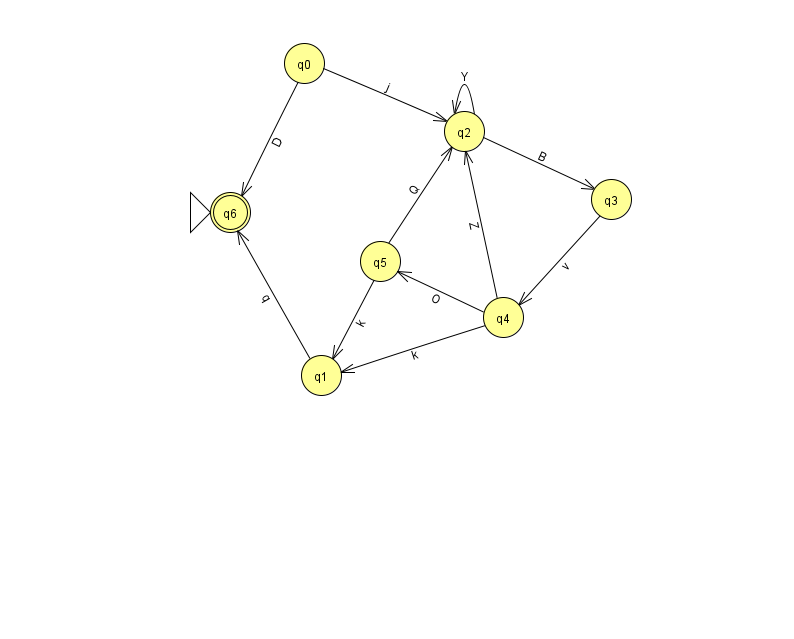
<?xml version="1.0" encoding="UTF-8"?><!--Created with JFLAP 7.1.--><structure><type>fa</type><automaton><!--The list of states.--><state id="0" name="q0"><x>304.0</x><y>50.0</y></state><state id="1" name="q1"><x>321.0</x><y>362.0</y></state><state id="2" name="q2"><x>464.0</x><y>118.0</y></state><state id="3" name="q3"><x>611.0</x><y>186.0</y></state><state id="4" name="q4"><x>503.0</x><y>304.0</y></state><state id="5" name="q5"><x>380.0</x><y>248.0</y></state><state id="6" name="q6"><x>230.0</x><y>199.0</y><initial/><final/></state><!--The list of transitions.--><transition><from>2</from><to>3</to><read>B</read></transition><transition><from>3</from><to>4</to><read>v</read></transition><transition><from>5</from><to>1</to><read>k</read></transition><transition><from>4</from><to>5</to><read>O</read></transition><transition><from>0</from><to>6</to><read>D</read></transition><transition><from>1</from><to>6</to><read>q</read></transition><transition><from>2</from><to>2</to><read>Y</read></transition><transition><from>0</from><to>2</to><read>j</read></transition><transition><from>4</from><to>1</to><read>k</read></transition><transition><from>4</from><to>2</to><read>Z</read></transition><transition><from>5</from><to>2</to><read>Q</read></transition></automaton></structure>